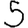
Digit: 5